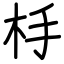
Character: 杽